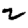
Digit: 2